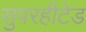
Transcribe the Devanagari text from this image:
सुपरहीटेड